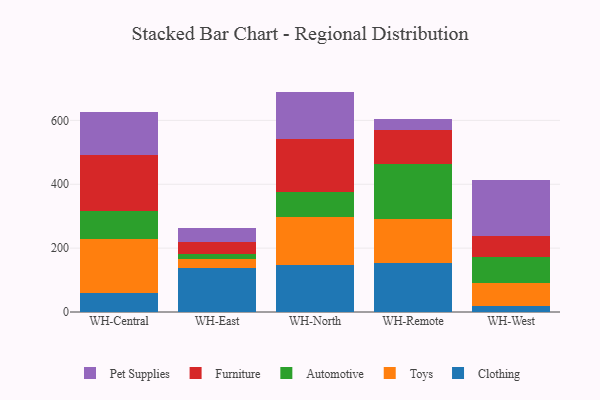
{"axis": {"x": "Warehouse", "y": "Budget (USD K)"}, "legend": ["Automotive", "Clothing", "Furniture", "Pet Supplies", "Toys"], "data": [{"x": "WH-Central", "y": 58.2, "type": "Clothing"}, {"x": "WH-Central", "y": 170.9, "type": "Toys"}, {"x": "WH-Central", "y": 87.8, "type": "Automotive"}, {"x": "WH-Central", "y": 174.4, "type": "Furniture"}, {"x": "WH-Central", "y": 135.7, "type": "Pet Supplies"}, {"x": "WH-East", "y": 138.1, "type": "Clothing"}, {"x": "WH-East", "y": 26.5, "type": "Toys"}, {"x": "WH-East", "y": 16.5, "type": "Automotive"}, {"x": "WH-East", "y": 37.4, "type": "Furniture"}, {"x": "WH-East", "y": 45.9, "type": "Pet Supplies"}, {"x": "WH-North", "y": 146.6, "type": "Clothing"}, {"x": "WH-North", "y": 150.1, "type": "Toys"}, {"x": "WH-North", "y": 78.4, "type": "Automotive"}, {"x": "WH-North", "y": 167.0, "type": "Furniture"}, {"x": "WH-North", "y": 148.1, "type": "Pet Supplies"}, {"x": "WH-Remote", "y": 154.3, "type": "Clothing"}, {"x": "WH-Remote", "y": 136.9, "type": "Toys"}, {"x": "WH-Remote", "y": 170.9, "type": "Automotive"}, {"x": "WH-Remote", "y": 107.5, "type": "Furniture"}, {"x": "WH-Remote", "y": 36.1, "type": "Pet Supplies"}, {"x": "WH-West", "y": 19.3, "type": "Clothing"}, {"x": "WH-West", "y": 72.3, "type": "Toys"}, {"x": "WH-West", "y": 79.8, "type": "Automotive"}, {"x": "WH-West", "y": 65.2, "type": "Furniture"}, {"x": "WH-West", "y": 175.4, "type": "Pet Supplies"}]}